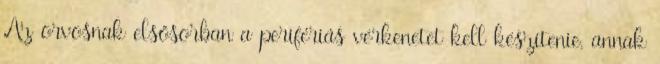
Az orvosnak elsősorban a perifériás vérkenetet kell készítenie, annak